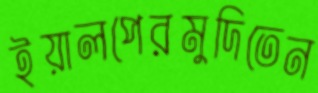
ইয়ালপেরমুদিতেন